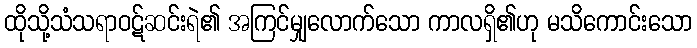
ထိုသို့သံသရာဝဋ်ဆင်းရဲ၏ အကြင်မျှလောက်သော ကာလရှိ၏ဟု မသိကောင်းသော